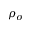
\rho _ { \sigma }